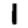
Digit: 1